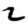
Digit: 2